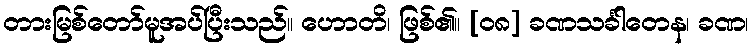
တားမြစ်တော်မူအပ်ပြီးသည်။ ဟောတိ၊ ဖြစ်၏။ [၀၈] ခဏသင်္ခါတေန၊ ခဏ၊